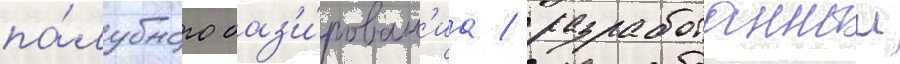
па́лубного баз'и́рован'иа / разработанныи